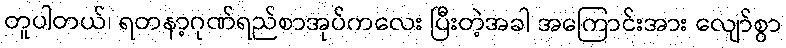
တူပါတယ်၊ ရတနာ့ဂုဏ်ရည်စာအုပ်ကလေး ပြီးတဲ့အခါ အကြောင်းအား လျော်စွာ